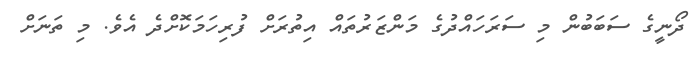
ދޯނީގެ ސަބަބުން މި ސަރަހައްދުގެ މަންޒަރުތައް އިތުރަށް ފުރިހަމަކޮށްދެ އެވެ. މި ތަނަށް